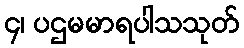
၄၊ ပဌမမာရပါသသုတ်